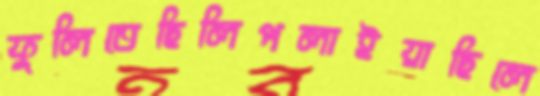
ফুলিতেছিলিপলাইয়াছিলে